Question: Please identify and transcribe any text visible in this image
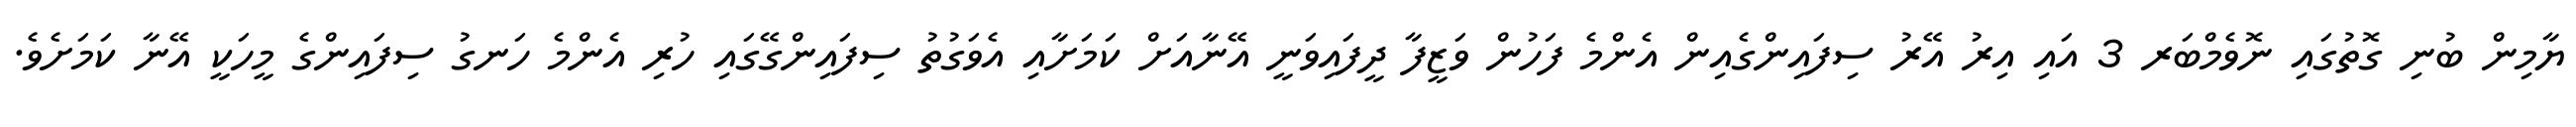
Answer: ޔާމިން ބުނި ގޮތުގައި ނޮވެމްބަރ 3 އައި އިރު އޭރު ސިފައިންގެއިން އެންމެ ފަހުން ވަޒީފާ ދީފައިވަނީ އޭނާއަށް ކަމަށާއި އެވަގުތު ސިފައިންގޭގައި ހުރި އެންމެ ހަނގު ސިފައިންގެ މީހަކީ އޭނާ ކަމަށެވެ.